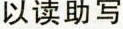
以读助写